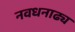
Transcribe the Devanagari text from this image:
नवधनाढ्य